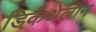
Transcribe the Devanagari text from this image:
डिकॅथेलॉन